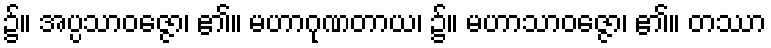
၌။ အပ္ပသာဝဇ္ဇော၊ ၏။ မဟာဂုဏတာယ၊ ၌။ မဟာသာဝဇ္ဇော၊ ၏။ တဿာ